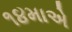
૧૪માએ